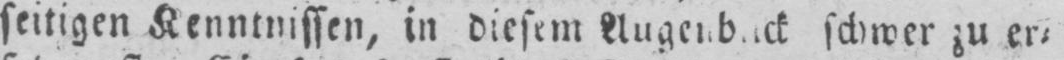
seitigen Kenntnissen, in diesem Augenblick schwer zu er⸗